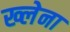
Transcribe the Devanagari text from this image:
ख्लेना